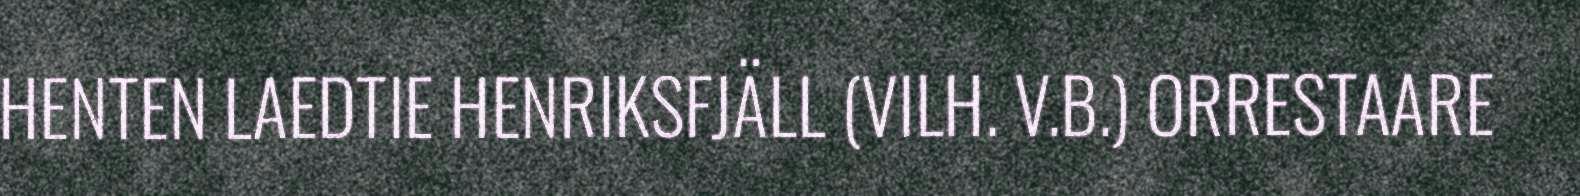
HENTEN LAEDTIE HENRIKSFJÄLL (VILH. V.B.) ORRESTAARE